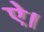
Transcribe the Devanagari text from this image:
ऐ।